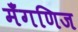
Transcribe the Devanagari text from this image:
मँगणिज